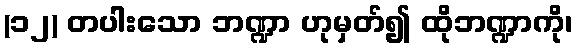
(၁၂) တပါးသော ဘဏ္ဍာ ဟုမှတ်၍ ထိုဘဏ္ဍာကို၊